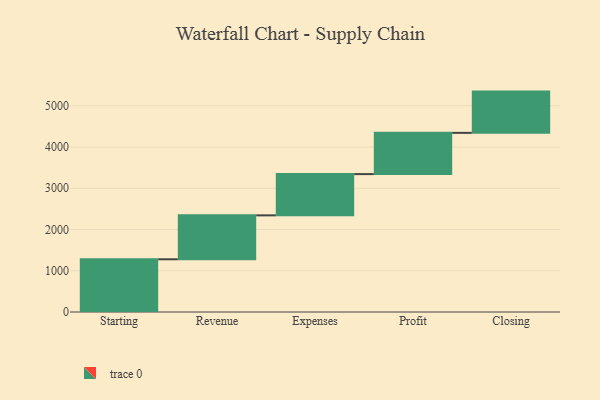
{"axis": {"x": "Step", "y": "Value"}, "legend": [""], "data": [{"x": "Starting", "y": 1278.0, "type": ""}, {"x": "Revenue", "y": 1065.0, "type": ""}, {"x": "Expenses", "y": 1000, "type": ""}, {"x": "Profit", "y": 1000, "type": ""}, {"x": "Closing", "y": 1000, "type": ""}]}